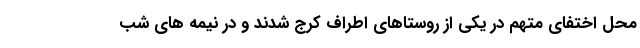
محل اختفای متهم در یکی از روستاهای اطراف کرج شدند و در نیمه های شب